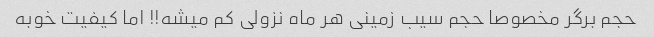
حجم برگر مخصوصا حجم سیب زمینی هر ماه نزولی کم میشه!! اما کیفیت خوبه